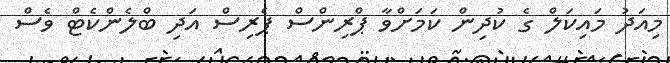
މިއަދު މައިކަލް ގެ ކުދިން ކަމަށްވާ ޕްރިންސް ޕެރިސް އަދި ބްލެންކެޓް ވެސް